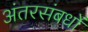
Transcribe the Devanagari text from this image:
अंतरसंबधों